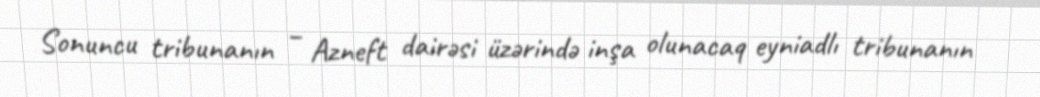
Sonuncu tribunanın – Azneft dairəsi üzərində inşa olunacaq eyniadlı tribunanın